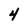
Character: 4